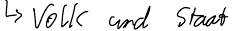
-> Volk und Staat